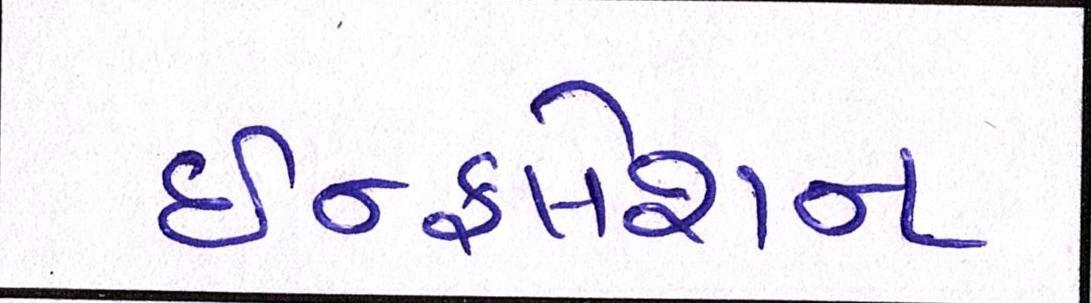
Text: ઇન્ફલેશન